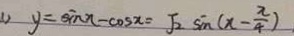
1 ) y = \sin x - \cos x = \sqrt { 2 } \sin ( x - \frac { \pi } { 4 } )